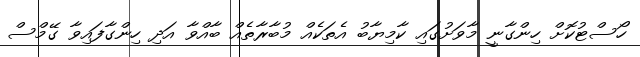
ހޯސްޓުކޮށް ހިންގާނީ މާވަށުގައި ކާމިޔާބު އެތަކެއް މުބާރާތެއް ބާއްވާ އަދި ހިންގާފައިވާ ގޭމްސް